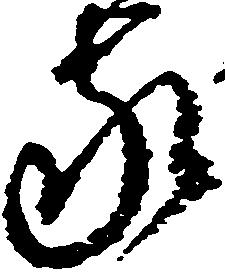
家